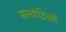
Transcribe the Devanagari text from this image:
सत्त्वोद्रिक्तौ